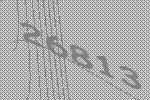
26813